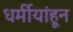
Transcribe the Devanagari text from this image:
धर्मीयांहून